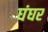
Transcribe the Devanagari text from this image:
घंघर